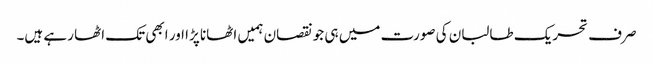
صرف تحریک طالبان کی صورت میں ہی جو نقصان ہمیں اٹھانا پڑا اور ابھی تک اٹھا رہے ہیں۔